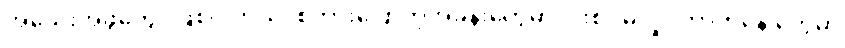
အသေးအဖွဲတွေပဲဖြစ်ပါတယ်၊ စကားပြောတဲ့အခန်းတွေမှာ ပါးစပ်မလှုပ်တာကနေ တွေမှာ